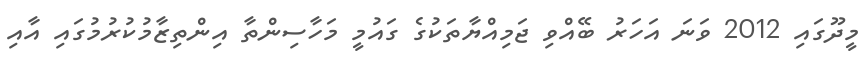
މީދޫގައި 2012 ވަަނަ އަހަރު ބޭއްވި ޖަމިއްޔާތަކުގެ ގައުމީ މަހާސިންތާ އިންތިޒާމުކުރުމުގައި އާއި